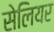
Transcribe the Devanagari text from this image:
सेलियर